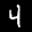
Label: 4